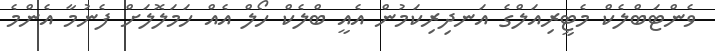
ވެންޓަބްލެކް މެޓީރިއަލްގެ އަނދިރިކަމުން އެއީ ބްލެކް ހޯލް އެއް ހަމަލޮލަށް ފެނުމާ އެންމެ